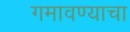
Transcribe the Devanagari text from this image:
गमावण्याचा